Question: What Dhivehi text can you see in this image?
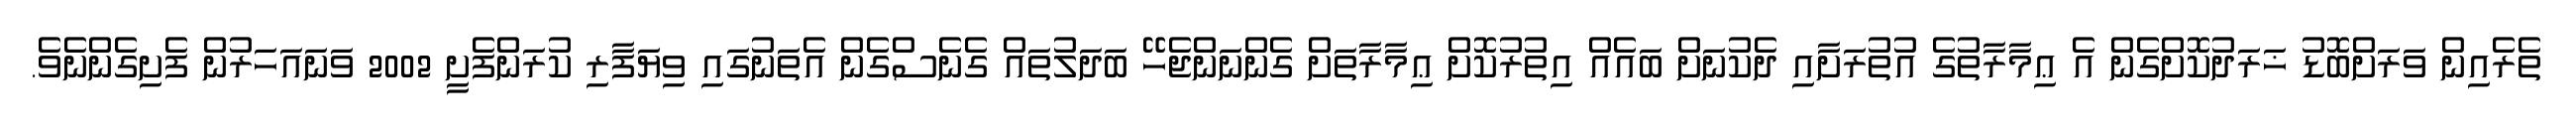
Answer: ތެރެއިން ވަރަށްބޮޑު ޚަރަދުކޮށްގެން އެ ޢިމާރާތުގެ އުތުރަށާއި ދެކުނަށް ބައެއް އިތުރުކޮށް ޢިމާރާތަށް ގެންނަންޖެހޭ ބަދަލުތައް ގެނެސްގެން އެތަނުގައި ވިޔަފާރި ކުރަންފެށީ 2002 ވަނައަހަރުން ފެށިގެންނެވެ.